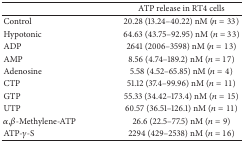
<table><thead><tr><td><b> </b></td><td><b>ATP release in RT4 cells</b></td></tr></thead><tbody><tr><td>Control</td><td>20.28 (13.24–40.22) nM (<i>n</i> = 33)</td></tr><tr><td>Hypotonic</td><td>64.63 (43.75–92.95) nM (<i>n</i> = 33)</td></tr><tr><td>ADP</td><td>2641 (2006–3598) nM (<i>n</i> = 13)</td></tr><tr><td>AMP</td><td>8.56 (4.74–189.2) nM (<i>n</i> = 17)</td></tr><tr><td>Adenosine</td><td>5.58 (4.52–65.85) nM (<i>n</i> = 4)</td></tr><tr><td>CTP</td><td>51.12 (37.4–99.96) nM (<i>n</i> = 11)</td></tr><tr><td>GTP</td><td>55.33 (34.42–173.4) nM (<i>n</i> = 15)</td></tr><tr><td>UTP</td><td>60.57 (36.51–126.1) nM (<i>n</i> = 11)</td></tr><tr><td><i>α</i>,<i>β</i>-Methylene-ATP</td><td>26.6 (22.5–77.5) nM (<i>n</i> = 9)</td></tr><tr><td>ATP-<i>γ</i>-S</td><td>2294 (429–2538) nM (<i>n</i> = 16)</td></tr></tbody></table>